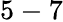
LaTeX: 5-7